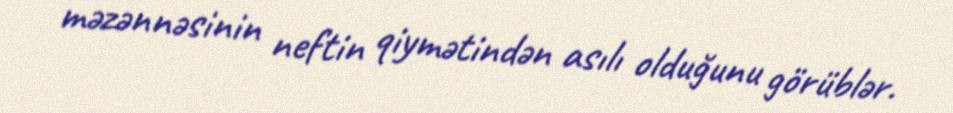
məzənnəsinin neftin qiymətindən asılı olduğunu görüblər.